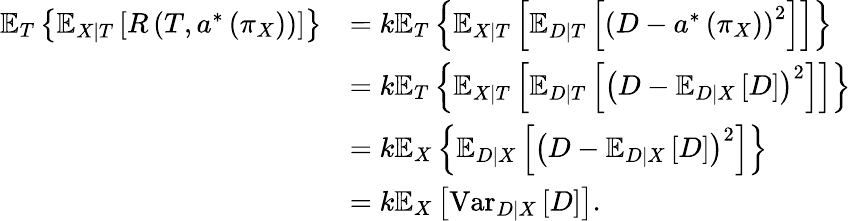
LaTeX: \begin{array}{rl}{\mathbb{E}_{T}\left\{ \mathbb{E}_{X|T}\left[R\left(T,a^{*}\left(\pi_{X}\right)\right)\right]\right\} }&{=k\mathbb{E}_{T}\left\{ \mathbb{E}_{X|T}\left[\mathbb{E}_{D|T}\left[\left(D-a^{*}\left(\pi_{X}\right)\right)^{2}\right]\right]\right\} }\\ &{=k\mathbb{E}_{T}\left\{ \mathbb{E}_{X|T}\left[\mathbb{E}_{D|T}\left[\left(D-\mathbb{E}_{D|X}\left[D\right]\right)^{2}\right]\right]\right\} }\\ &{=k\mathbb{E}_{X}\left\{ \mathbb{E}_{D|X}\left[\left(D-\mathbb{E}_{D|X}\left[D\right]\right)^{2}\right]\right\} }\\ &{=k\mathbb{E}_{X}\left[\textrm{Var}_{D|X}\left[D\right]\right].}\end{array}